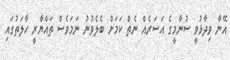
އޭނާ ވިދާޅުވީ ސުނާމީގެ އަސަރެއް ނެތް ކަމަށް ބެލެވުނު ނަމަވެސް ތައްޔާރީ ހާލަތުގައި